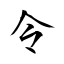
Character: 令